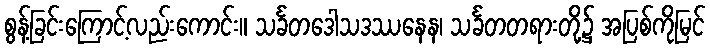
စွန့်ခြင်းကြောင့်လည်းကောင်း။ သင်္ခတဒေါသဒဿနေန၊ သင်္ခတတရားတို့၌ အပြစ်ကိုမြင်